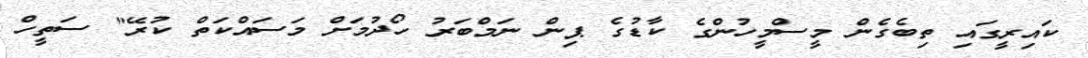
ކައިރީގައި ތިބެގެން މީސްމީހުންގެ ކާޑުގެ ޕިން ނަމްބަރު ހޯދުމަށް މަސައްކަތް ކުރޭ" ސަތީހް